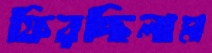
ফিরচ্ছিলাম